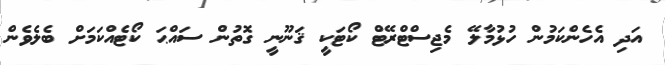
އަދި އެހެންކަމުން ހުޅުމާލޭ މެޖިސްޓްރޭޓް ކޯޓަކީ ޤަނޫނީ ގޮތުން ސައްޙަ ކޯޓެއްކަމަށް ބެލެވެން